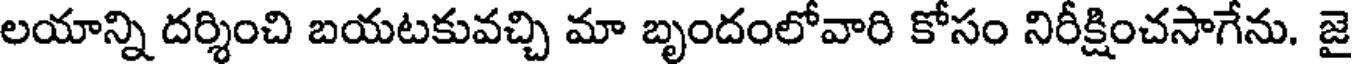
లయాన్ని దర్శించి బయటకువచ్చి మా బృందంలోవారి కోసం నిరీక్షించసాగేను. జై